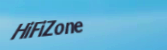
HiFiZone